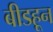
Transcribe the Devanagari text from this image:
बीडहून